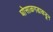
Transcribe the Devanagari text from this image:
घोसाळगडाकडून